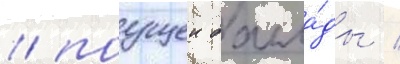
/ поущеи балла́ды /